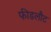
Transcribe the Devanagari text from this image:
फीडलौट